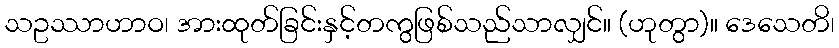
သဥဿာဟာဝ၊ အားထုတ်ခြင်းနှင့်တကွဖြစ်သည်သာလျှင်။ (ဟုတွာ)။ ဒေသေတိ၊